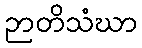
ဉာတိသံဃာ